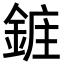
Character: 𮢔